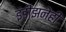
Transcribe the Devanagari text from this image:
इंडीझनेही